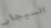
السيجار